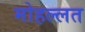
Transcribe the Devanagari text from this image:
मोहल्लत